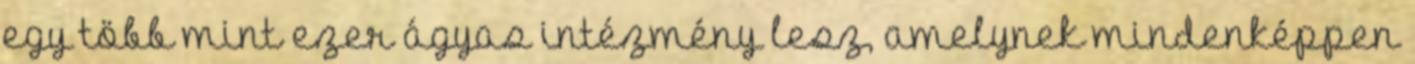
egy több mint ezer ágyas intézmény lesz, amelynek mindenképpen